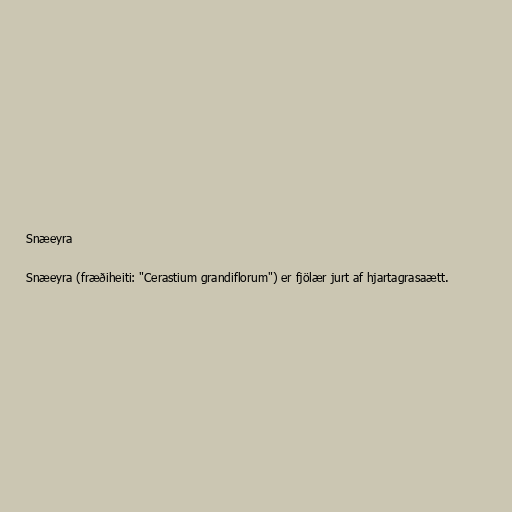
Snæeyra

Snæeyra (fræðiheiti: "Cerastium grandiflorum") er fjölær jurt af hjartagrasaætt.